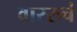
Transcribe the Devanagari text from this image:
वाररुचं